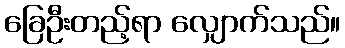
ခြေဦးတည့်ရာ လျှောက်သည်။